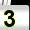
Digit: 3